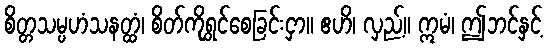
စိတ္တသမ္ပဟံသနတ္ထံ၊ စိတ်ကိုရွှင်စေခြင်းငှာ။ ဧဟိ၊ လှည့်။ ဣမံ၊ ဤဘင်နှင့်